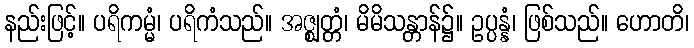
နည်းဖြင့်။ ပရိကမ္မံ၊ ပရိကံသည်။ အဇ္ဈတ္တံ၊ မိမိသန္တာန်၌။ ဥပ္ပန္နံ၊ ဖြစ်သည်။ ဟောတိ၊